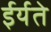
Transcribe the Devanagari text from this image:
ईर्यते